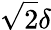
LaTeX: \sqrt{2}\delta